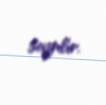
sayılır.